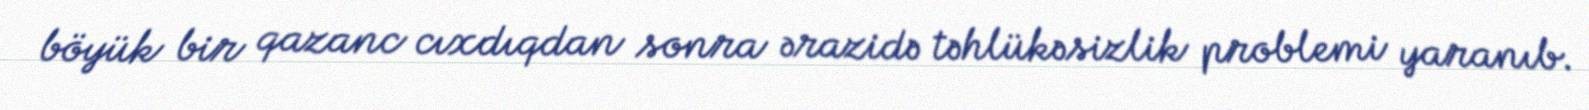
böyük bir qazanc cıxdıqdan sonra ərazidə təhlükəsizlik problemi yaranıb.